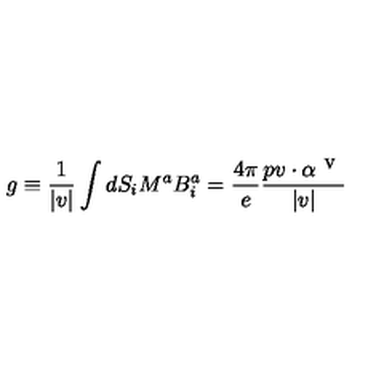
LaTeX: g \equiv \frac { 1 } { | v | } \int d S _ { i } M ^ { a } B _ { i } ^ { a } = \frac { 4 \pi } { e } \frac { p v \cdot \alpha ^ { \textrm { v } } } { | v | }